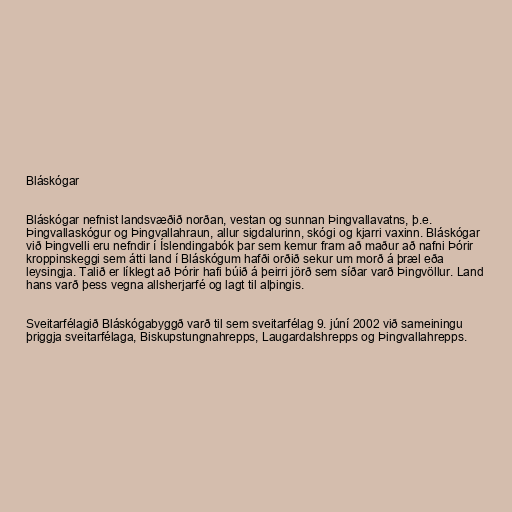
Bláskógar

Bláskógar nefnist landsvæðið norðan, vestan og sunnan Þingvallavatns, þ.e.
Þingvallaskógur og Þingvallahraun, allur sigdalurinn, skógi og kjarri vaxinn. Bláskógar
við Þingvelli eru nefndir í Íslendingabók þar sem kemur fram að maður að nafni Þórir
kroppinskeggi sem átti land í Bláskógum hafði orðið sekur um morð á þræl eða
leysingja. Talið er líklegt að Þórir hafi búið á þeirri jörð sem síðar varð Þingvöllur. Land
hans varð þess vegna allsherjarfé og lagt til alþingis.

Sveitarfélagið Bláskógabyggð varð til sem sveitarfélag 9. júní 2002 við sameiningu
þriggja sveitarfélaga, Biskupstungnahrepps, Laugardalshrepps og Þingvallahrepps.